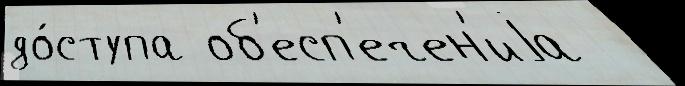
до́ступа об'есп'ечен'иjа